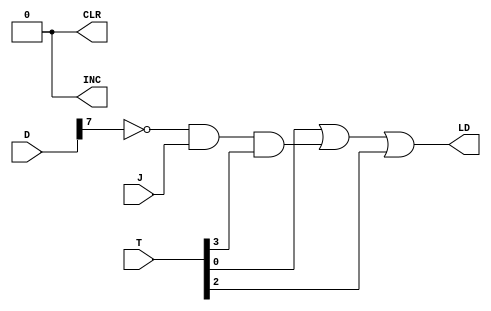
`timescale 1ns / 1ps
//////////////////////////////////////////////////////////////////////////////////
// Company: 
// Engineer: 
// 
// Design Name: 
// Module Name: AR_ARCH
// Project Name: 
// Target Devices: 
// Tool Versions: 
// Description: 
// 
// Dependencies: 
// 
// Revision:
// Revision 0.01 - File Created
// Additional Comments:
// 
//////////////////////////////////////////////////////////////////////////////////


module AR_ARCH(LD, CLR, INC, T, D, J);
input J;
input [5:0] T;
input [7:0] D;
output LD, CLR, INC;
wire D7n;
wire a1, a2, a3;
assign D7n = ~D[7];
assign a1 =  T[0];
assign a2 = D7n & J & T[3];
assign a3 = T[2]; 
assign LD = a1 | a2 | a3;
assign CLR =0;
assign INC = 0;
endmodule